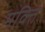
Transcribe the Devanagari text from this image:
मक्ति